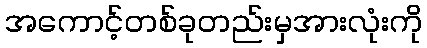
အကောင့်တစ်ခုတည်းမှအားလုံးကို